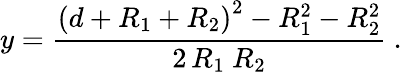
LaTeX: y=\frac{\left(d+R_{1}+R_{2}\right)^{2}-R_{1}^{2}-R_{2}^{2}}{2\, R_{1}~R_{2}}~.